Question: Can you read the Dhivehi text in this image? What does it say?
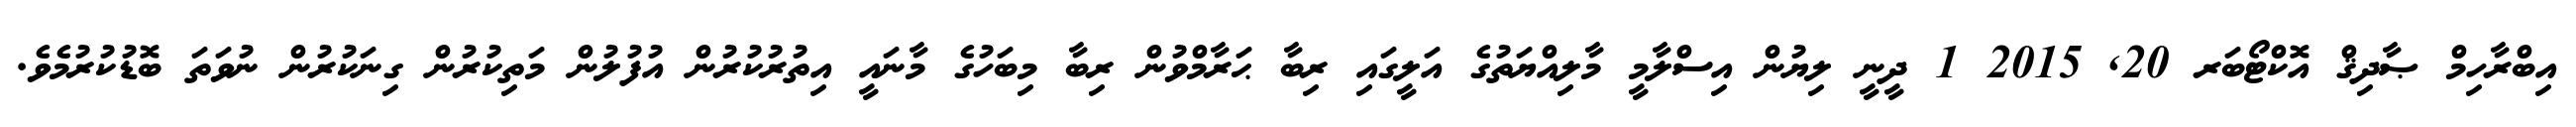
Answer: އިބްރާހިމް ޞާދިޤް އޮކްޓޯބަރ 20, 2015 1 ދީނީ ލިޔުން އިސްލާމީ މާލިއްޔަތުގެ އަލީގައި ރިބާ ޙަރާމްވުން ރިބާ މިބަހުގެ މާނައީ އިތުރުކުރުން އުފުލުން މަތިކުރުން ގިނަކުރުން ނުވަތަ ބޮޑުކުރުމެވެ.